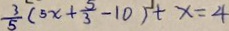
\frac { 3 } { 5 } ( 5 x + \frac { 5 } { 3 } - 1 0 ) + x = 4